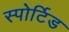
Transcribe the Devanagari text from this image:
स्पोर्टिड